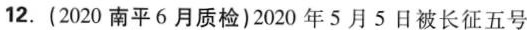
12.(2020南平6月质检)2020年5月5日被长征五号